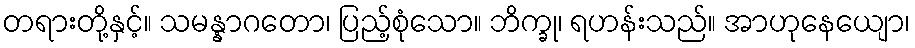
တရားတို့နှင့်။ သမန္နာဂတော၊ ပြည့်စုံသော။ ဘိက္ခု၊ ရဟန်းသည်။ အာဟုနေယျော၊